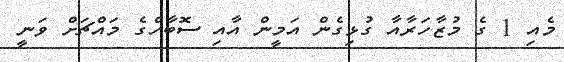
މެއި 1 ގެ މުޒާހަރާއާ ގުޅިގެން އަމީން އާއި ސޮބާހްގެ މައްޗަށް ވަނީ